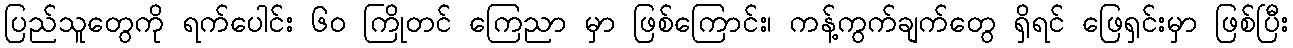
ပြည်သူတွေကို ရက်ပေါင်း ၆၀ ကြိုတင် ကြေညာ မှာ ဖြစ်ကြောင်း၊ ကန့်ကွက်ချက်တွေ ရှိရင် ဖြေရှင်းမှာ ဖြစ်ပြီး